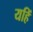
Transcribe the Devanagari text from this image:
यहिं